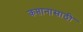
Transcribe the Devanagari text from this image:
कप्तानासाठी